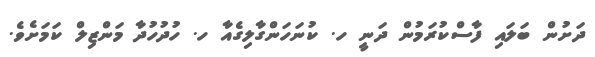
ދަށުން ބަލައި ފާސްކުރަމުން ދަނީ ހ. ކުނަހަންގާލިގެއާ ހ. ހުދުހުދާ މަންޒިލް ކަމަށެވެ.